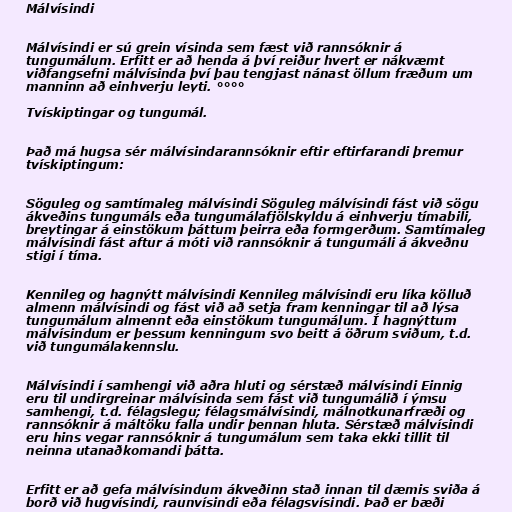
Málvísindi

Málvísindi er sú grein vísinda sem fæst við rannsóknir á
tungumálum. Erfitt er að henda á því reiður hvert er nákvæmt
viðfangsefni málvísinda því þau tengjast nánast öllum fræðum um
manninn að einhverju leyti. °°°°

Tvískiptingar og tungumál.

Það má hugsa sér málvísindarannsóknir eftir eftirfarandi þremur
tvískiptingum:

Söguleg og samtímaleg málvísindi Söguleg málvísindi fást við sögu
ákveðins tungumáls eða tungumálafjölskyldu á einhverju tímabili,
breytingar á einstökum þáttum þeirra eða formgerðum. Samtímaleg
málvísindi fást aftur á móti við rannsóknir á tungumáli á ákveðnu
stigi í tíma.

Kennileg og hagnýtt málvísindi Kennileg málvísindi eru líka kölluð
almenn málvísindi og fást við að setja fram kenningar til að lýsa
tungumálum almennt eða einstökum tungumálum. Í hagnýttum
málvísindum er þessum kenningum svo beitt á öðrum sviðum, t.d.
við tungumálakennslu.

Málvísindi í samhengi við aðra hluti og sérstæð málvísindi Einnig
eru til undirgreinar málvísinda sem fást við tungumálið í ýmsu
samhengi, t.d. félagslegu; félagsmálvísindi, málnotkunarfræði og
rannsóknir á máltöku falla undir þennan hluta. Sérstæð málvísindi
eru hins vegar rannsóknir á tungumálum sem taka ekki tillit til
neinna utanaðkomandi þátta.

Erfitt er að gefa málvísindum ákveðinn stað innan til dæmis sviða á
borð við hugvísindi, raunvísindi eða félagsvísindi. Það er bæði